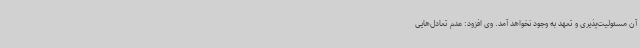
آن مسئولیت‌پذیری و تعهد به وجود نخواهد آمد. وی افزود: عدم تعادل‌هایی